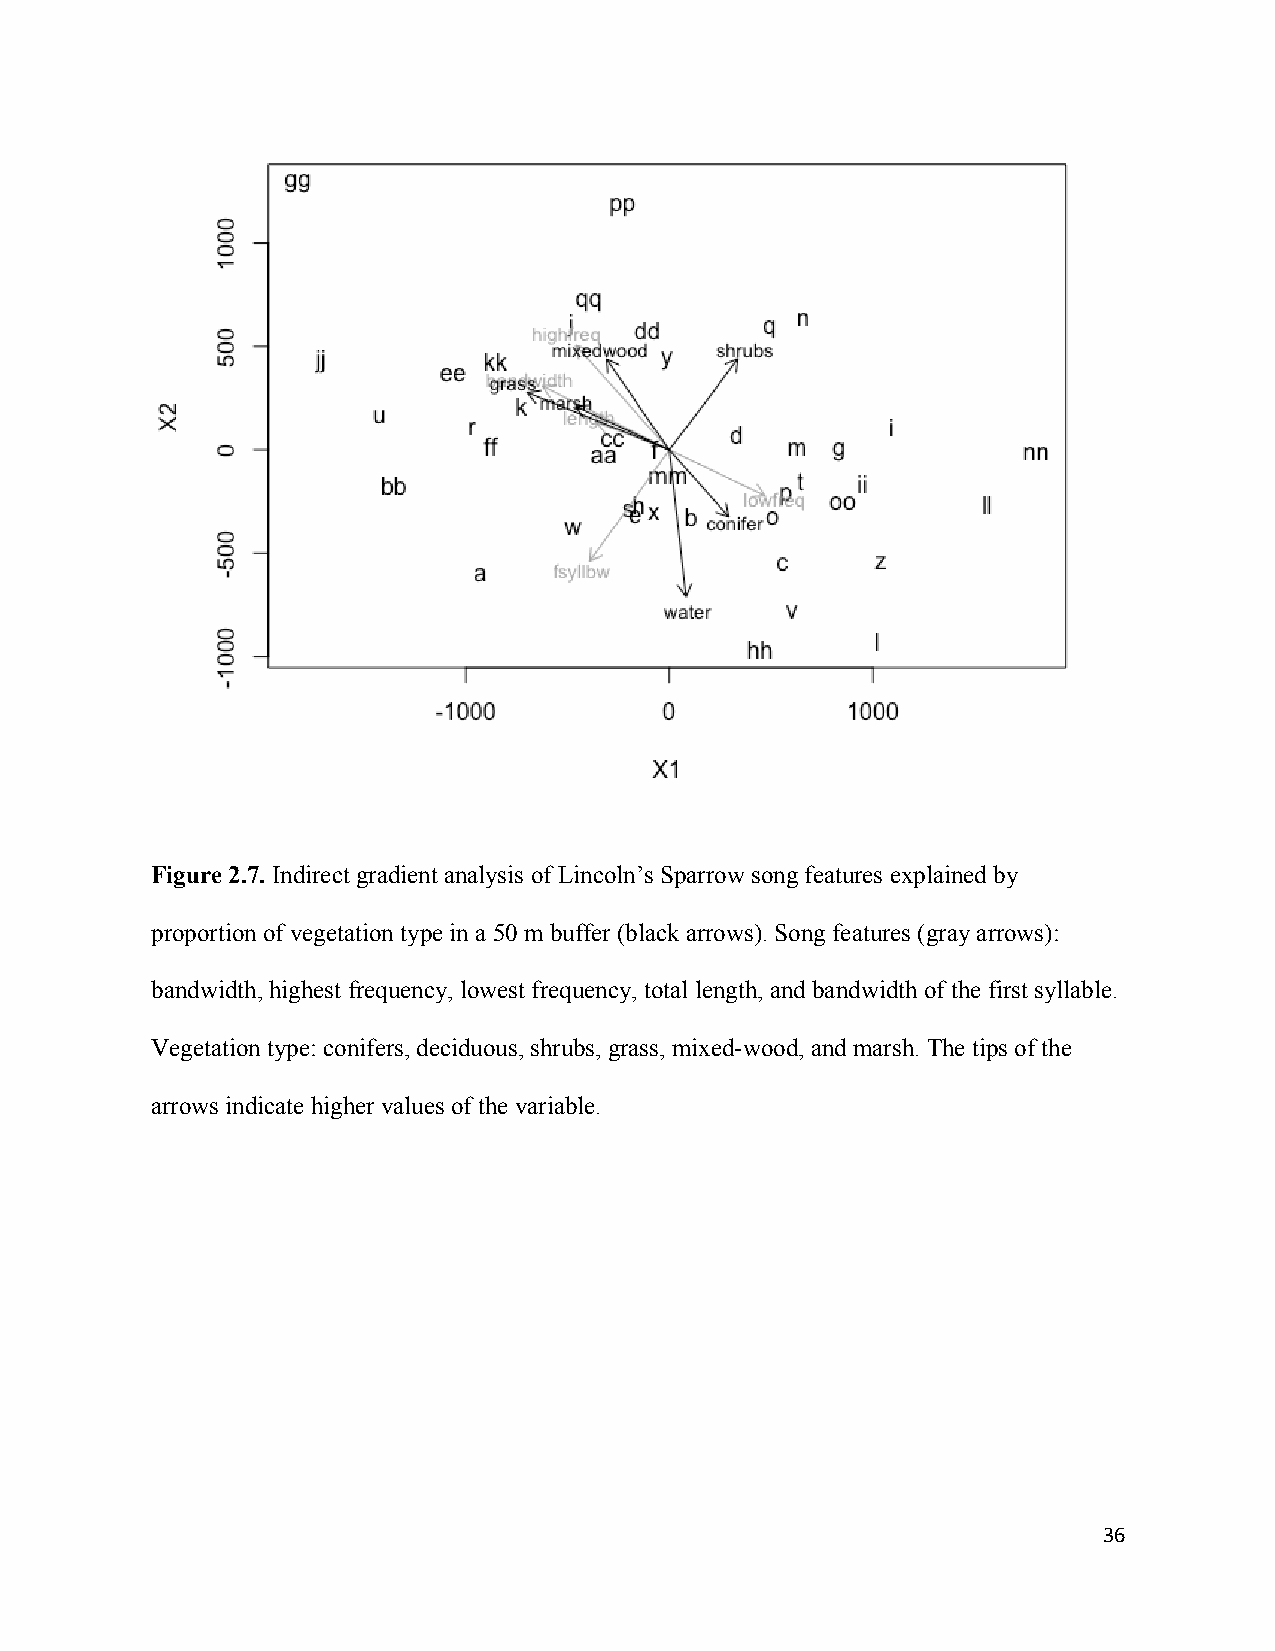
Figure 2.7. Indirect gradient analysis of Lincoln’s Sparrow song features explained by
 proportion of vegetation type in a 50 m buffer (black arrows). Song features (gray arrows):
 bandwidth, highest frequency, lowest frequency, total length, and bandwidth of the first syllable.
 Vegetation type: conifers, deciduous, shrubs, grass, mixed-wood, and marsh. The tips of the
 arrows indicate higher values of the variable.
 36